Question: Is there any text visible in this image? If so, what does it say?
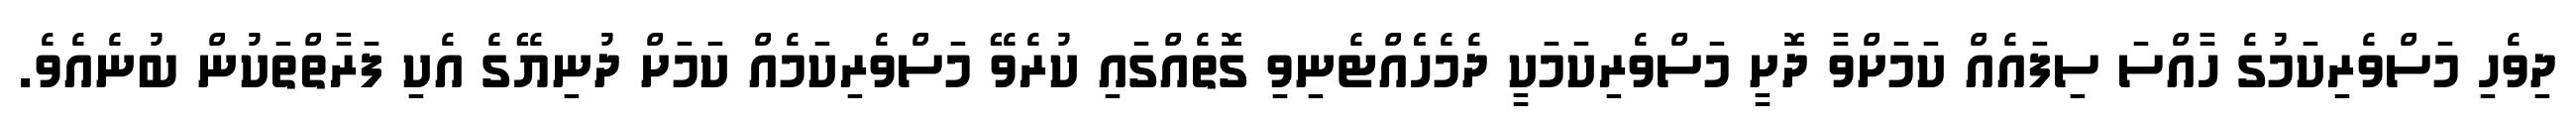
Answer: ދިވެހި މަސްވެރިކަމުގެ ހާއްސަ ސިފައެއް ކަމަށްވާ ދޮށީ މަސްވެރިކަމަކީ ދެމެހެެއްޓެނިވި ގޮތެއްގައި ކުރެވޭ މަސްވެރިކަމެއް ކަމަށް ދުނިޔޭގެ އެކި ފަރާތްތަކުން ބުނެއެވެ.